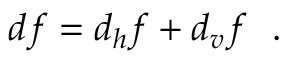
d f = d _ { h } f + d _ { v } f \ \ .